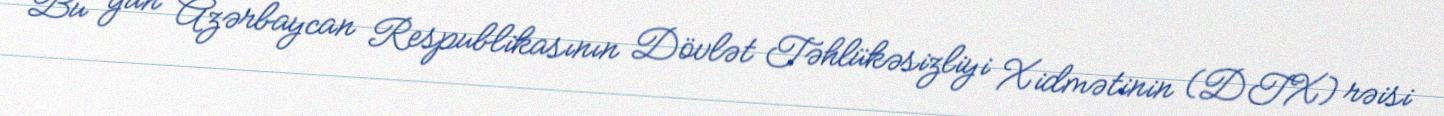
Bu gün Azərbaycan Respublikasının Dövlət Təhlükəsizliyi Xidmətinin (DTX) rəisi